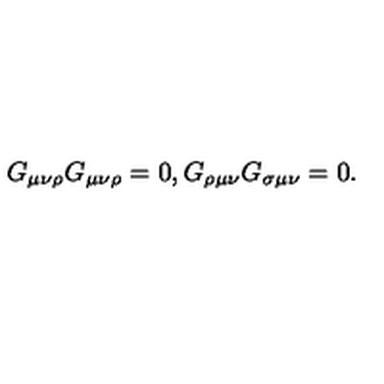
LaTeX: G _ { \mu \nu \rho } G _ { \mu \nu \rho } = 0 , G _ { \rho \mu \nu } G _ { \sigma \mu \nu } = 0 .